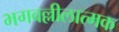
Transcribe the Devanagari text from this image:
भगवल्लीलात्मक